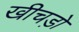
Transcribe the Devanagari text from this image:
खीचड़ो